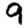
Digit: 9